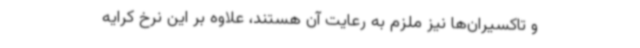
و تاکسیران‌ها نیز ملزم به رعایت آن هستند، علاوه بر این نرخ کرایه